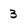
Character: 3